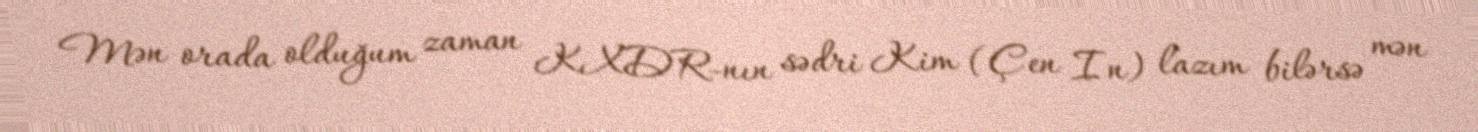
Mən orada olduğum zaman KXDR-nın sədri Kim (Çen In) lazım bilərsə mən